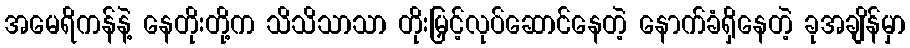
အမေရိကန်နဲ့ နေတိုးတို့က သိသိသာသာ တိုးမြှင့်လုပ်ဆောင်နေတဲ့ နောက်ခံရှိနေတဲ့ ခုအချိန်မှာ